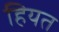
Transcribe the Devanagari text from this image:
हियत